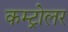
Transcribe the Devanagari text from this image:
कम्ट्रोलर